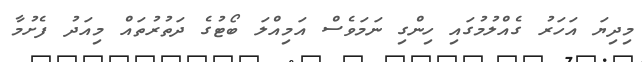
މިދިޔަ އަހަރު ގެއްލުމުގައި ހިންގި ނަމަވެސް އަމިއްލަ ބޯޓުގެ ދަތުރުތައް މިއަދު ފެށުމާ